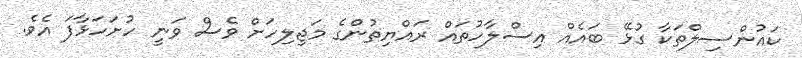
ކައުންސިލްތަކާ ގުޅޭ ބައެއް އިސްލާހުތައް ރައްޔިތުންގެ މަޖިލިހަށް ވެސް ވަނީ ހުށަހަޅާފަ އެވެ.